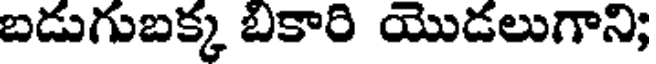
బడుగుబక్క బికారి యొడలుగాని;